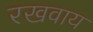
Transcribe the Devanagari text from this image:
रखवाय